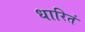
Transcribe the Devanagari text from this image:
धारितं